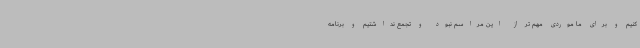
کنیم و برای ما موردی مهم تر از این مراسم نبود و تجمع نداشتیم و برنامه